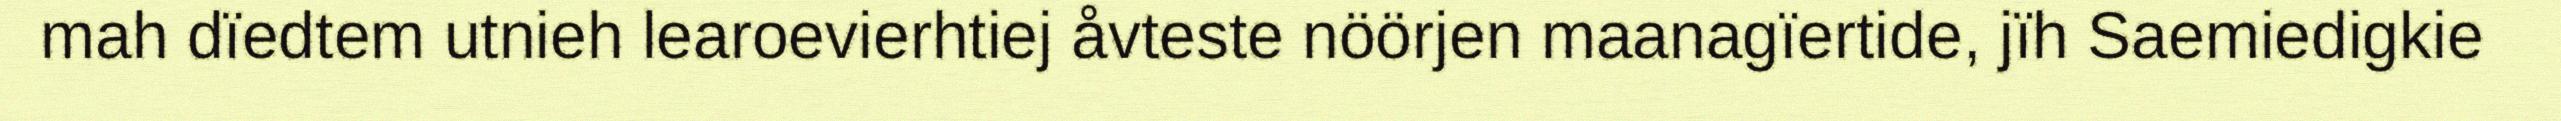
mah dïedtem utnieh learoevierhtiej åvteste nöörjen maanagïertide, jïh Saemiedigkie